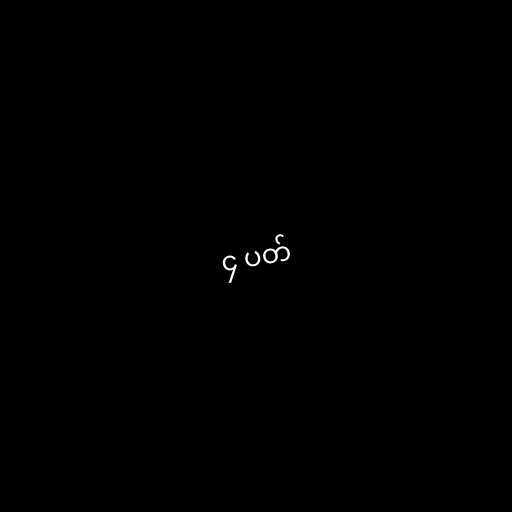
၄ ပတ်